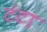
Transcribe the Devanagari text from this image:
टंटा